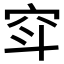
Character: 𱶲